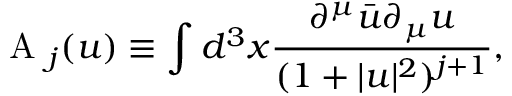
\mathrm { ~ \cal { A } ~ } _ { j } ( u ) \equiv \int d ^ { 3 } x \frac { \partial ^ { \mu } \bar { u } \partial _ { \mu } u } { ( 1 + | u | ^ { 2 } ) ^ { j + 1 } } ,